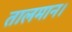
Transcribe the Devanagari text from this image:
तालमान।